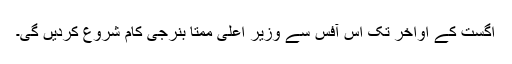
اگست کے اواخر تک اس آفس سے وزیر اعلیٰ ممتا بنرجی کام شروع کردیں گی۔